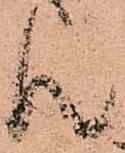
ん